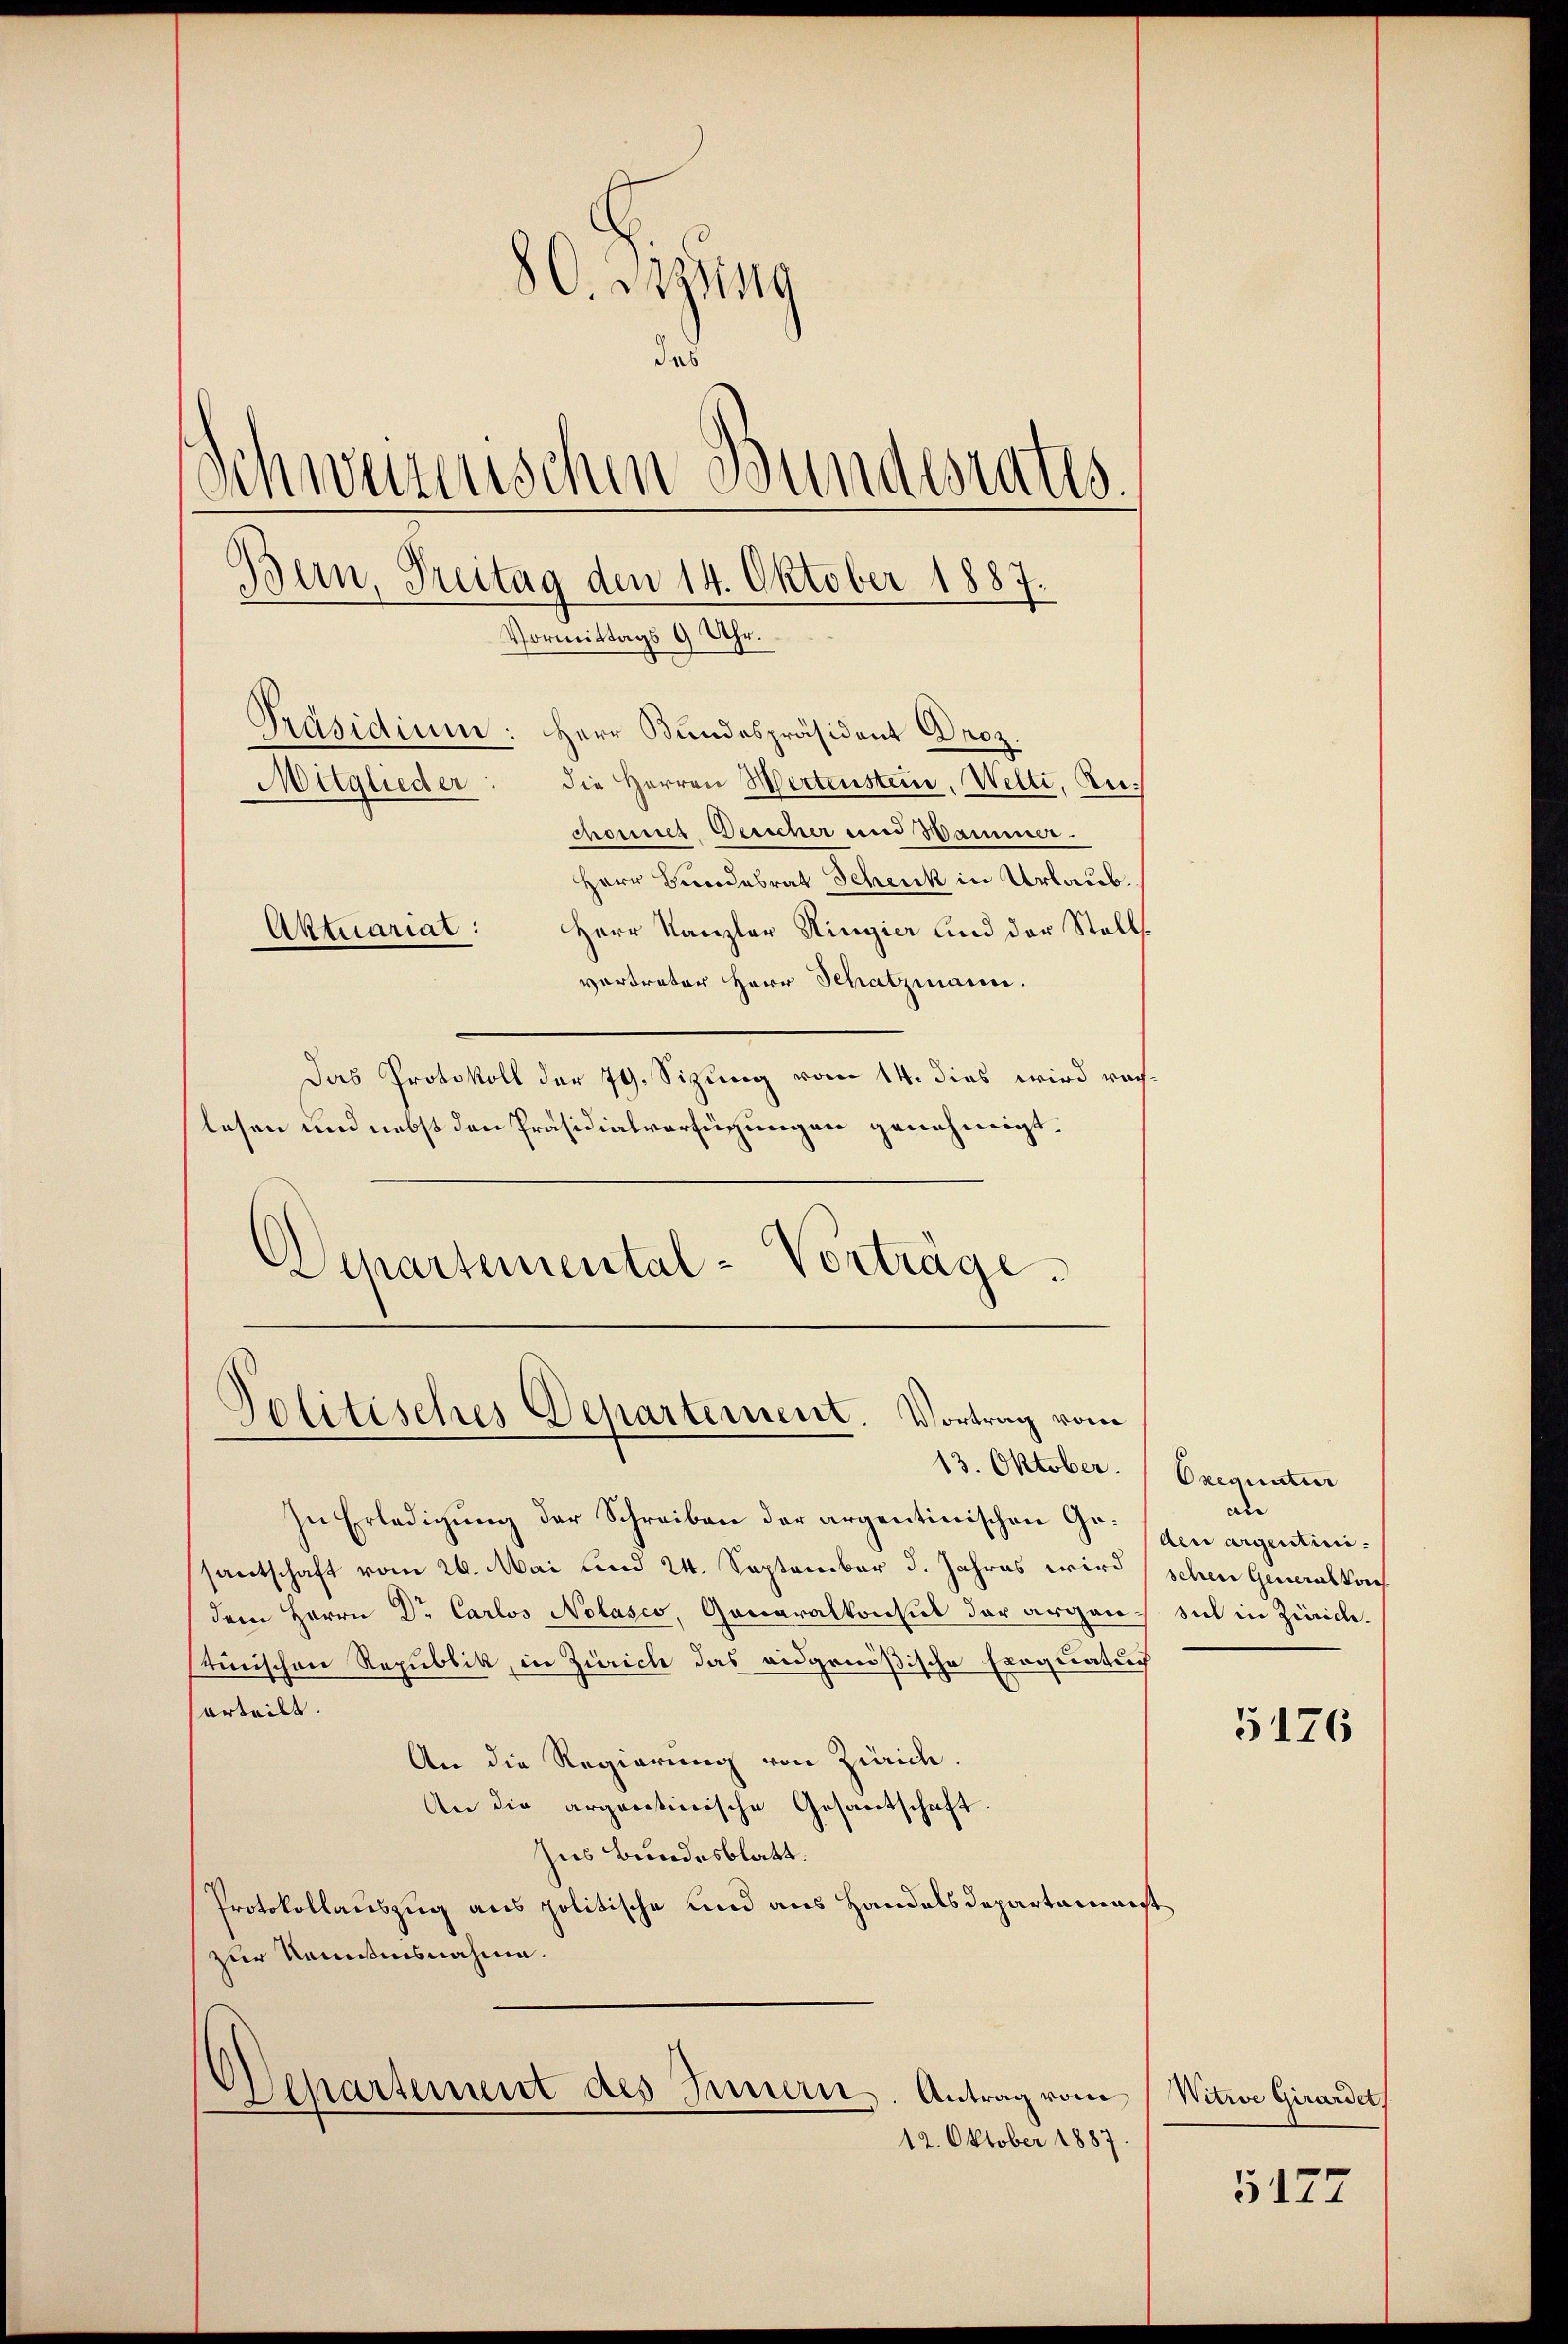
86. Btzung
das
Schweizenschen Bundesrates.
Bern, Freitag den 14. Oktober 1887.
Vormittags 9 Uhr.
Präsidium: Herr Bundespräsident Droz.
die Herren Wertenstein, Welti, u.
Mitglieder
chomnes Desicher und Wammer.
Herr Bundesrat Schenk in Urlaub.

Herr Kanzler Ringier und der Stellvertreter Herr Schatzmann.
Das Protokoll der 79. Sitzung vom 14. dies wird rachlesen und nebst den Präsidialverfügungen genehmigt.
Departemental-Vorträge.

Aktuariat:

Politisches Departement. Vortrag vom

In Erledigung der Schreiben der argentinischen Gesantschaft vom 26. Mai und 24. September d. Jahres wird, schen Generalkoch
dem Herrn Dr Carlos Nolasco, Generalkonsul der argen sich in Zürich.
tinischen Republik, in Zürich das eidgenößische Exequatuch
erteilt.
An die Regierung von Zürich.
An die argentinische Gesantschaft
Ins Bundesblatt.
Protokollauszug aus politische und aus Handelsdepartamnest
zur Nomisisnahme.
Departement des Innern. Antrag vom Witwe Girardet,
12. Oktober 1887.

13. Oktober. Exequatur

dne
Aen argentini.

5176

5177